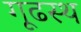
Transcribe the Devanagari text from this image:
गूढस्थ